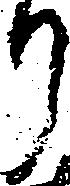
り